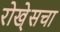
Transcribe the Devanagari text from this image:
रोखे्सचा